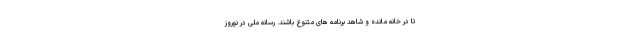
تا در خانه مانده و شاهد برنامه های متنوع باشند. رسانه ملی در نوروز